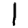
Digit: 1